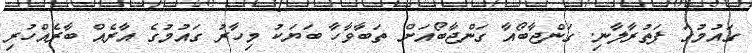
ގައުމުގަ ފަތުރާލާނި. ގަންޖާބޯއާ ގަންޖާބޯއަށް ތަބާވާހާ ބަޔަކު މިހާރު ގައުމުގެ އާރެއް ބާރެއްހުރި